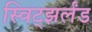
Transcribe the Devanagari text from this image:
स्विट्झर्लंड